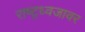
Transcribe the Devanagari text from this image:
राष्ट्रध्वजावर